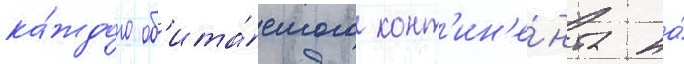
ка́ждого об'ита́емого конт'ин'е́нта на́